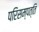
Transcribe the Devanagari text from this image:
परिसम्‍पत्ति